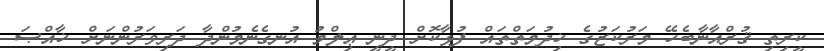
ކީރިތި ޤުރްއާނާބެހޭ މަރުކަޒުގެ ޚިދުމަތްތައް ފުޅާކޮށް ދީނީ ޢިލްމު އުނގެނެމުންދާ ދަރިވަރުންނަށް ޚާއްޞަ